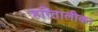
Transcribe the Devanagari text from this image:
हरितालीका